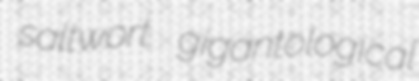
saltwort gigantological